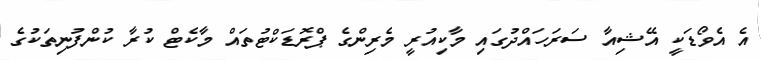
އެ އެވޯޑަކީ އޭޝިއާ ސަރަހައްދުގައި މާކިއުރީ މެރިންގެ ޕްރޮޑަކްޓުތައް މާކެޓް ކުރާ ކުންފުނިތަކުގެ